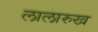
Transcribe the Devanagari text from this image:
लालारुख